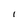
Character: I